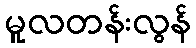
မူလတန်းလွန်